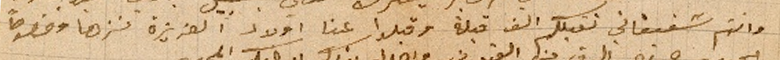
وانتم شقيقاتي نقبلكم الف قبلة وقبلوا عنا اولاد العزيزة نزها وخصوصاً